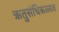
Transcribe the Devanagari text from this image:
ऋतुसंधिकालात